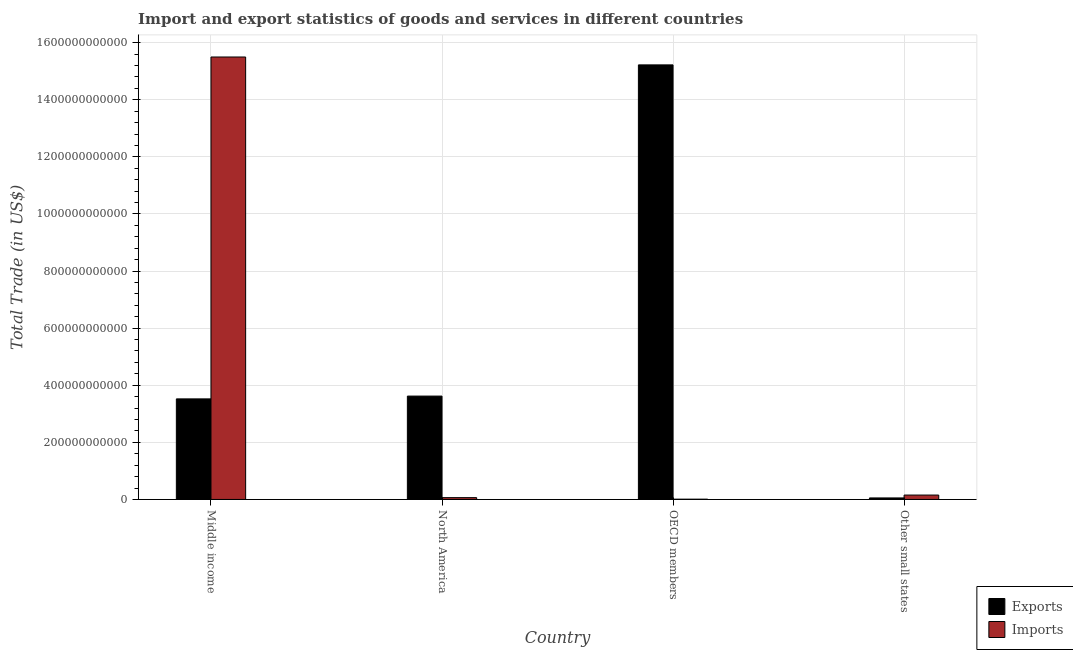
| Country | Exports | Imports |
 | --- | --- | --- |
 | Middle income | 3.52e+11 | 1.55e+12 |
 | North America | 3.62e+11 | 6.38e+09 |
 | OECD members | 1.52e+12 | 9.81e+08 |
 | Other small states | 5.34e+09 | 1.54e+10 |